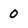
Character: 0